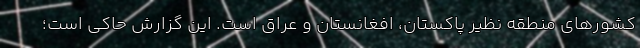
کشورهای منطقه نظیر پاکستان، افغانستان و عراق است. این گزارش حاکی است؛